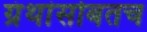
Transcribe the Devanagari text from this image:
ग्रंथांसोबतच